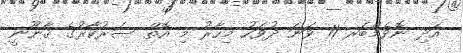
އަދި ނޮވެމްބަރ 11 ވަނަ ދުވަހު މިހާރު މި އޮތް ސަރުކާރުގެ ޤާނޫނީ